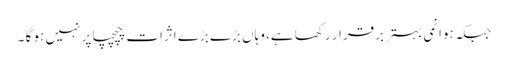
جبکہ ہوا نمی بہتر برقرار رکھا ہے، وہاں بڑے بڑے اثرات چپچپا پر نہیں ہو گا ۔